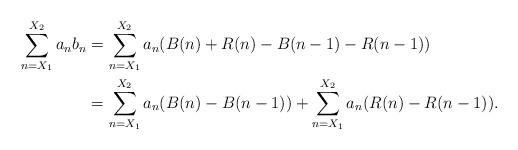
LaTeX: \begin{align*} \sum_{n= X_1}^{X_2} a_n b_n &= \sum_{n=X_1}^{X_2} a_n ( B(n) + R(n) - B(n-1) - R(n-1)) \\ &= \sum_{n = X_1}^{X_2} a_n( B(n) - B(n-1) ) + \sum_{n=X_1}^{X_2} a_n ( R(n)- R(n-1) ).\end{align*}